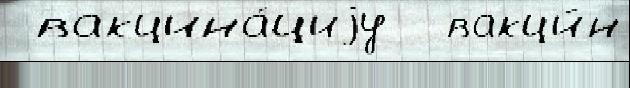
 вакцина́циjу  вакци́н